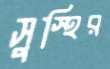
সুস্হির